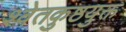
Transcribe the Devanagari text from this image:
श्वेतकुष्ठयुक्त